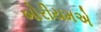
બોરીયમએ